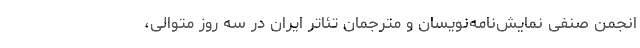
انجمن صنفی نمایش‌نامه‌نویسان و مترجمان تئاتر ایران در سه روز متوالی،